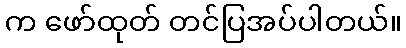
က ဖော်ထုတ် တင်ပြအပ်ပါတယ်။